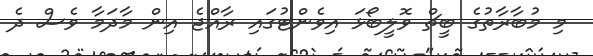
މި މުބާރާތުގެ ބީޗް ވޮލީބޯޅަ އިވެންޓުގައި ރާއްޖެ އިން މާދަމާ ވެސް ދެ